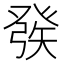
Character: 𤼵